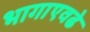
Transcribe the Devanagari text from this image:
भागाएवढे